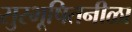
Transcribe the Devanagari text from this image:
सुरभूषितनीळा